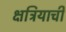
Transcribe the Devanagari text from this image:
क्षत्रियाची